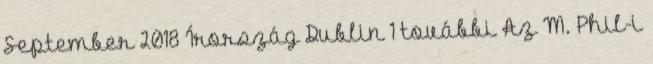
September 2018 Írország Dublin 1 további Az M. Phil-i